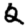
Digit: 2